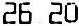
26.20